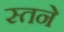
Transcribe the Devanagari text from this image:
स्तने